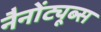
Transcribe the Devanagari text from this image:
नैनोंट्यूब्स